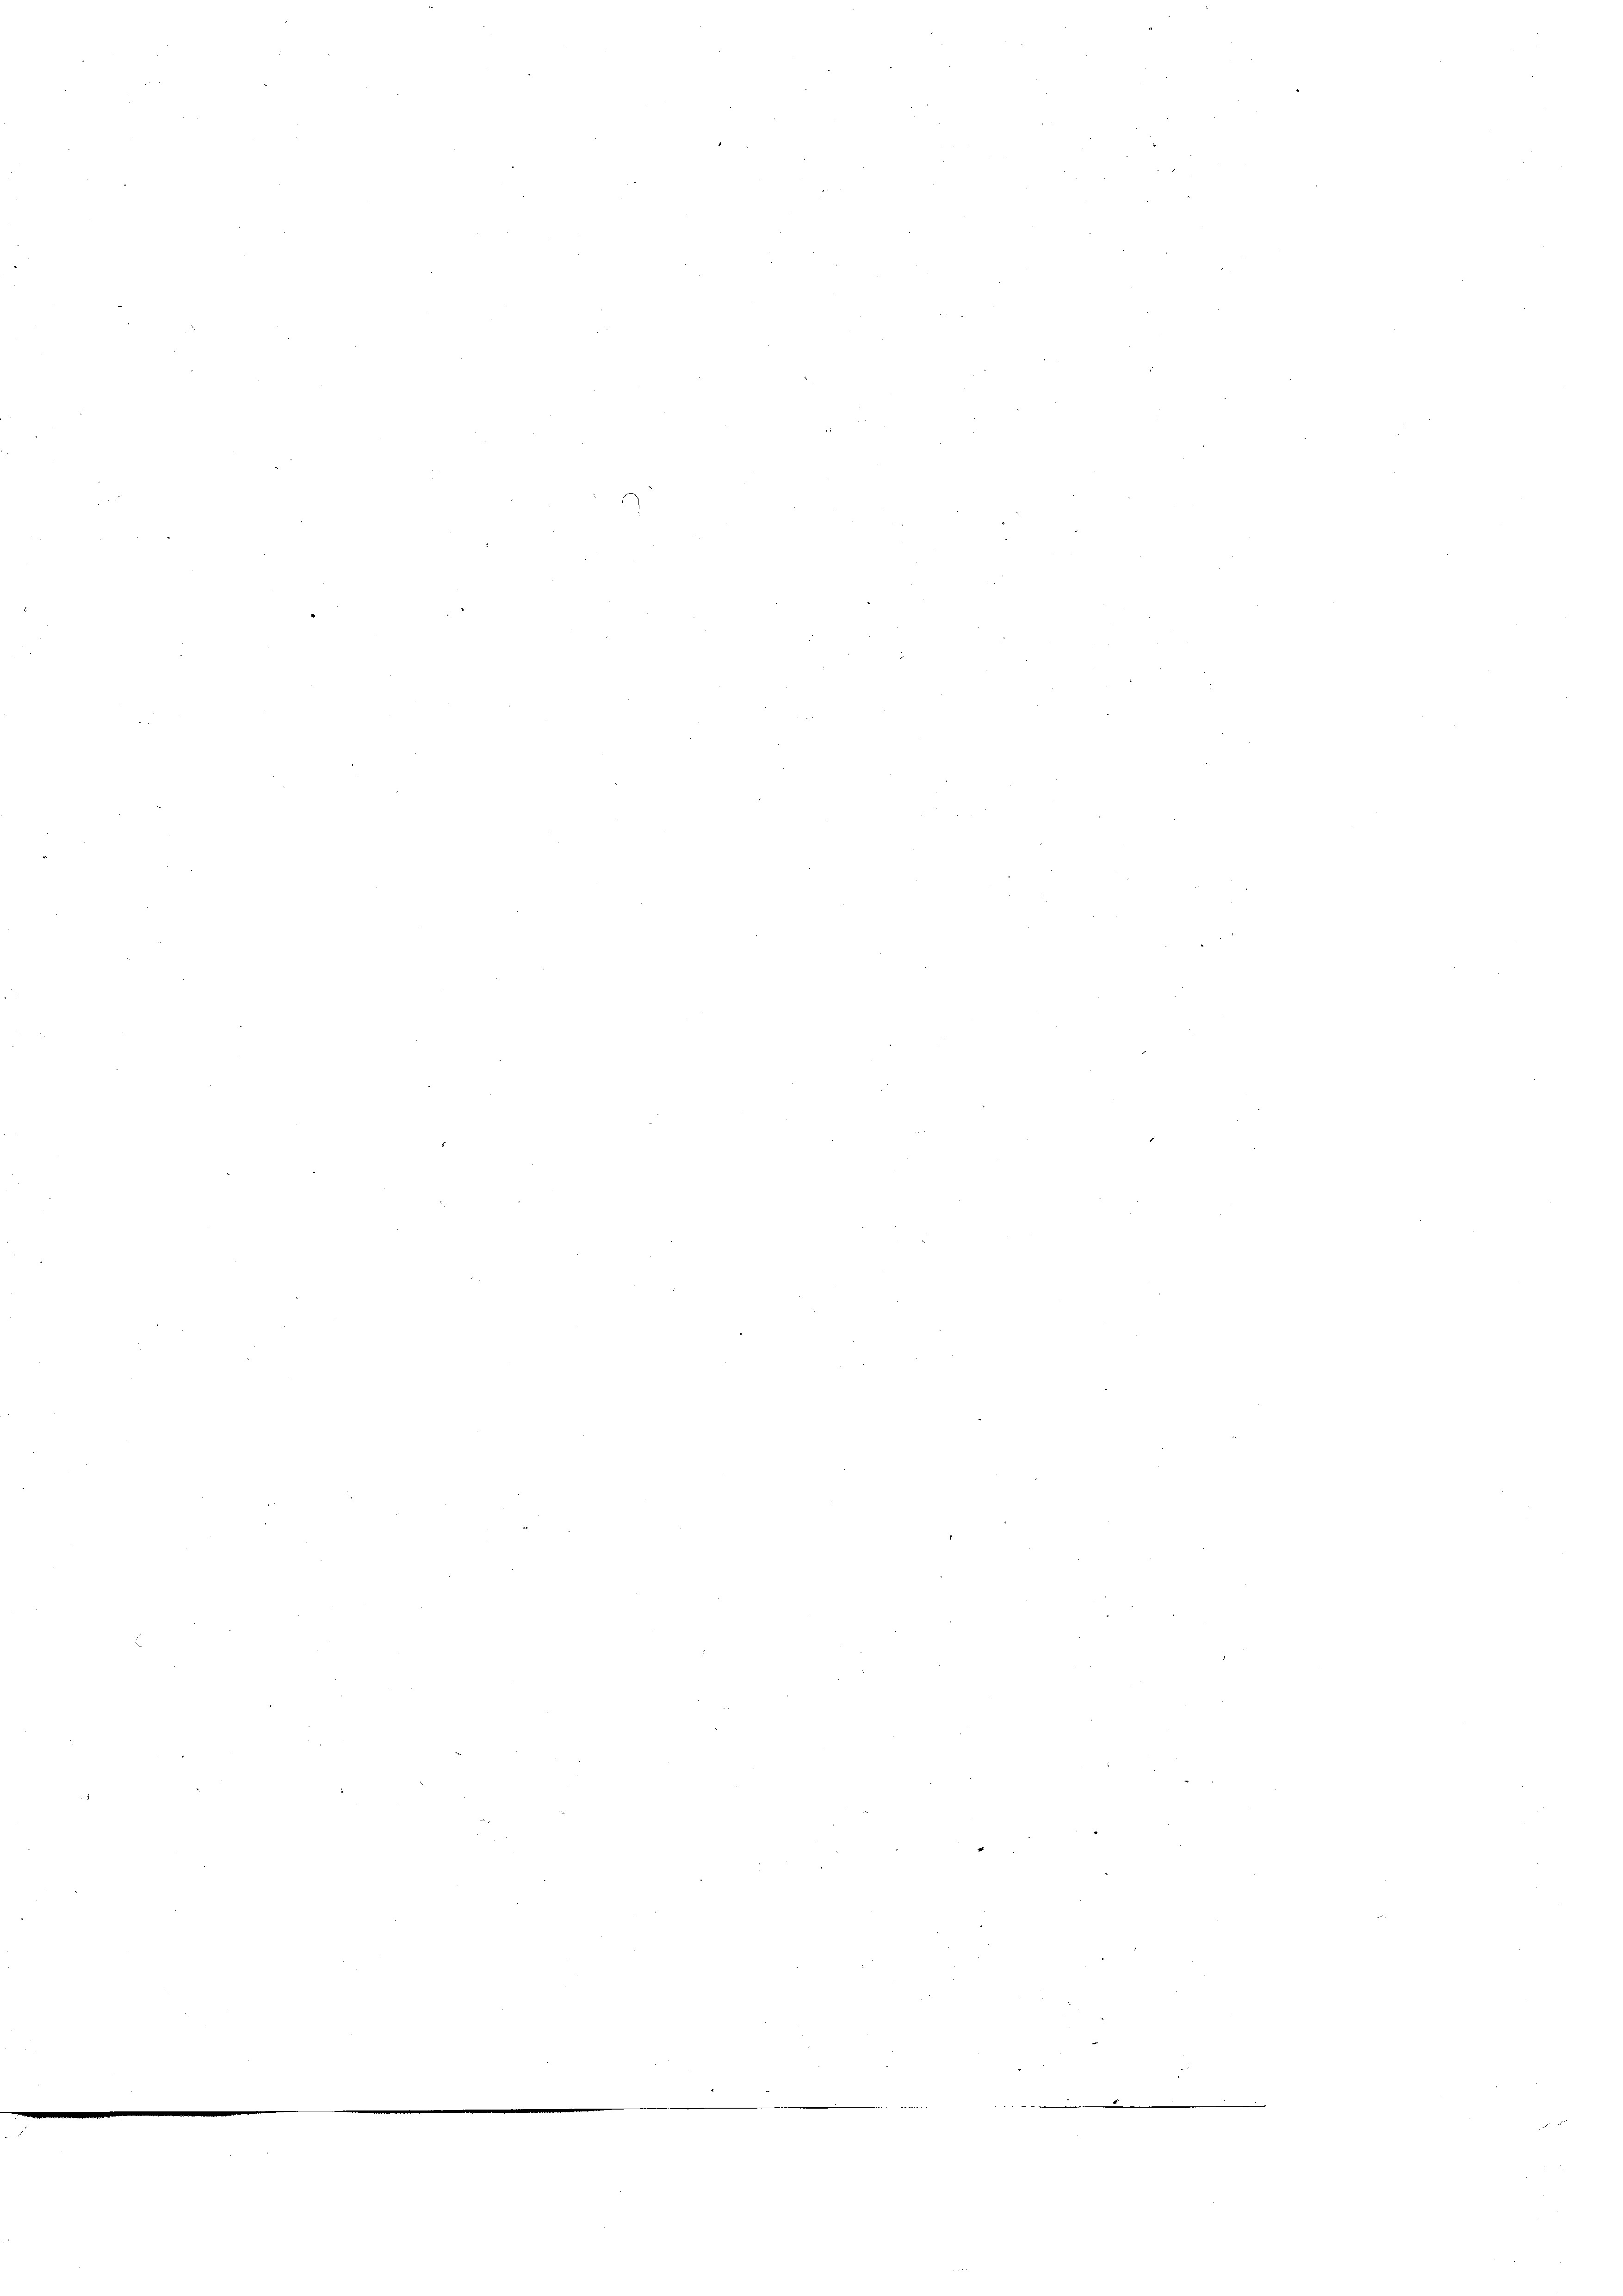
)
28
¬
.
.
n
e
e
.

.

¬
e